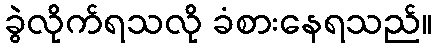
ခွဲလိုက်ရသလို ခံစားနေရသည်။